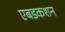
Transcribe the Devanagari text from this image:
एबडकशन